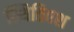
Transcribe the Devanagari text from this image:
स्थितिवश